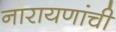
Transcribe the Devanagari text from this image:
नारायणांची